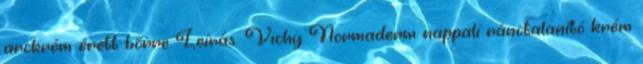
arckrém érett bőrre Leírás: Vichy Normaderm nappali ránctalanító krém